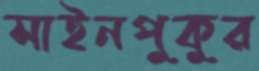
সাইনপুকুর